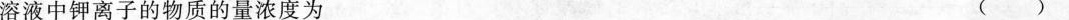
溶液中钾离子的物质的量浓度为( ）